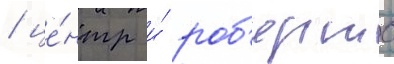
/ це́нтр и́ роб'ертс